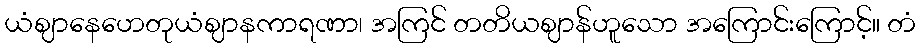
ယံဈာနေဟေတုယံဈာနကာရဏာ၊ အကြင် တတိယဈာန်ဟူသော အကြောင်းကြောင့်။ တံ